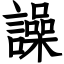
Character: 譟